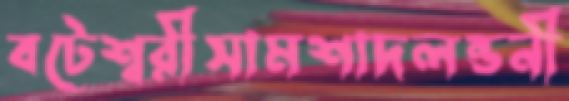
বটেশ্বরীসামশাদলন্ডনী